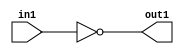
`timescale 1ps / 1ps
/*****************************************************************************
    Verilog RTL Description
    
    
    Created by: Stratus DpOpt 2019.1.01 
*******************************************************************************/

module SobelFilter_Not_1U_1U_4 (
	in1,
	out1
	); /* architecture "behavioural" */ 
input  in1;
output  out1;
wire  asc001;

assign asc001 = 
	((~in1));

assign out1 = asc001;
endmodule

/* CADENCE  urXyTQk= : u9/ySgnWtBlWxVPRXgAZ4Og= ** DO NOT EDIT THIS LINE ******/